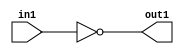
`timescale 1ps / 1ps
/*****************************************************************************
    Verilog RTL Description
    
    
    Created by: Stratus DpOpt 2019.1.01 
*******************************************************************************/

module SobelFilter_Not_1U_1U_4 (
	in1,
	out1
	); /* architecture "behavioural" */ 
input  in1;
output  out1;
wire  asc001;

assign asc001 = 
	((~in1));

assign out1 = asc001;
endmodule

/* CADENCE  urXyTQk= : u9/ySgnWtBlWxVPRXgAZ4Og= ** DO NOT EDIT THIS LINE ******/